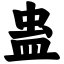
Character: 蛊